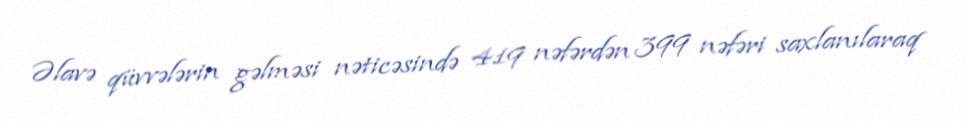
Əlavə qüvvələrin gəlməsi nəticəsində 419 nəfərdən 399 nəfəri saxlanılaraq